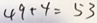
4 9 + 4 = 5 3